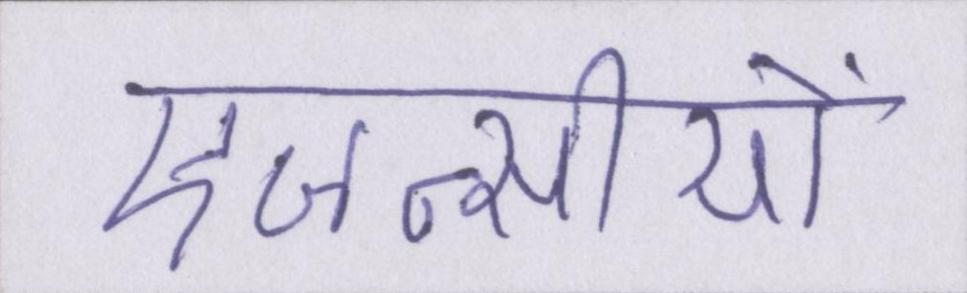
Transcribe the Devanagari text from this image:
एजन्सीयों